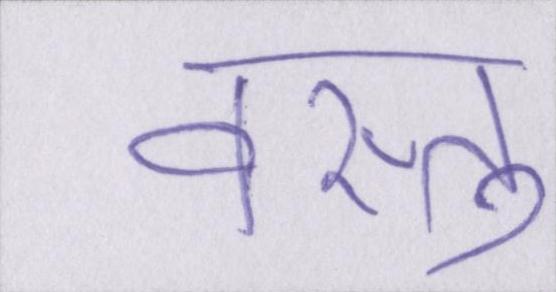
वस्तु